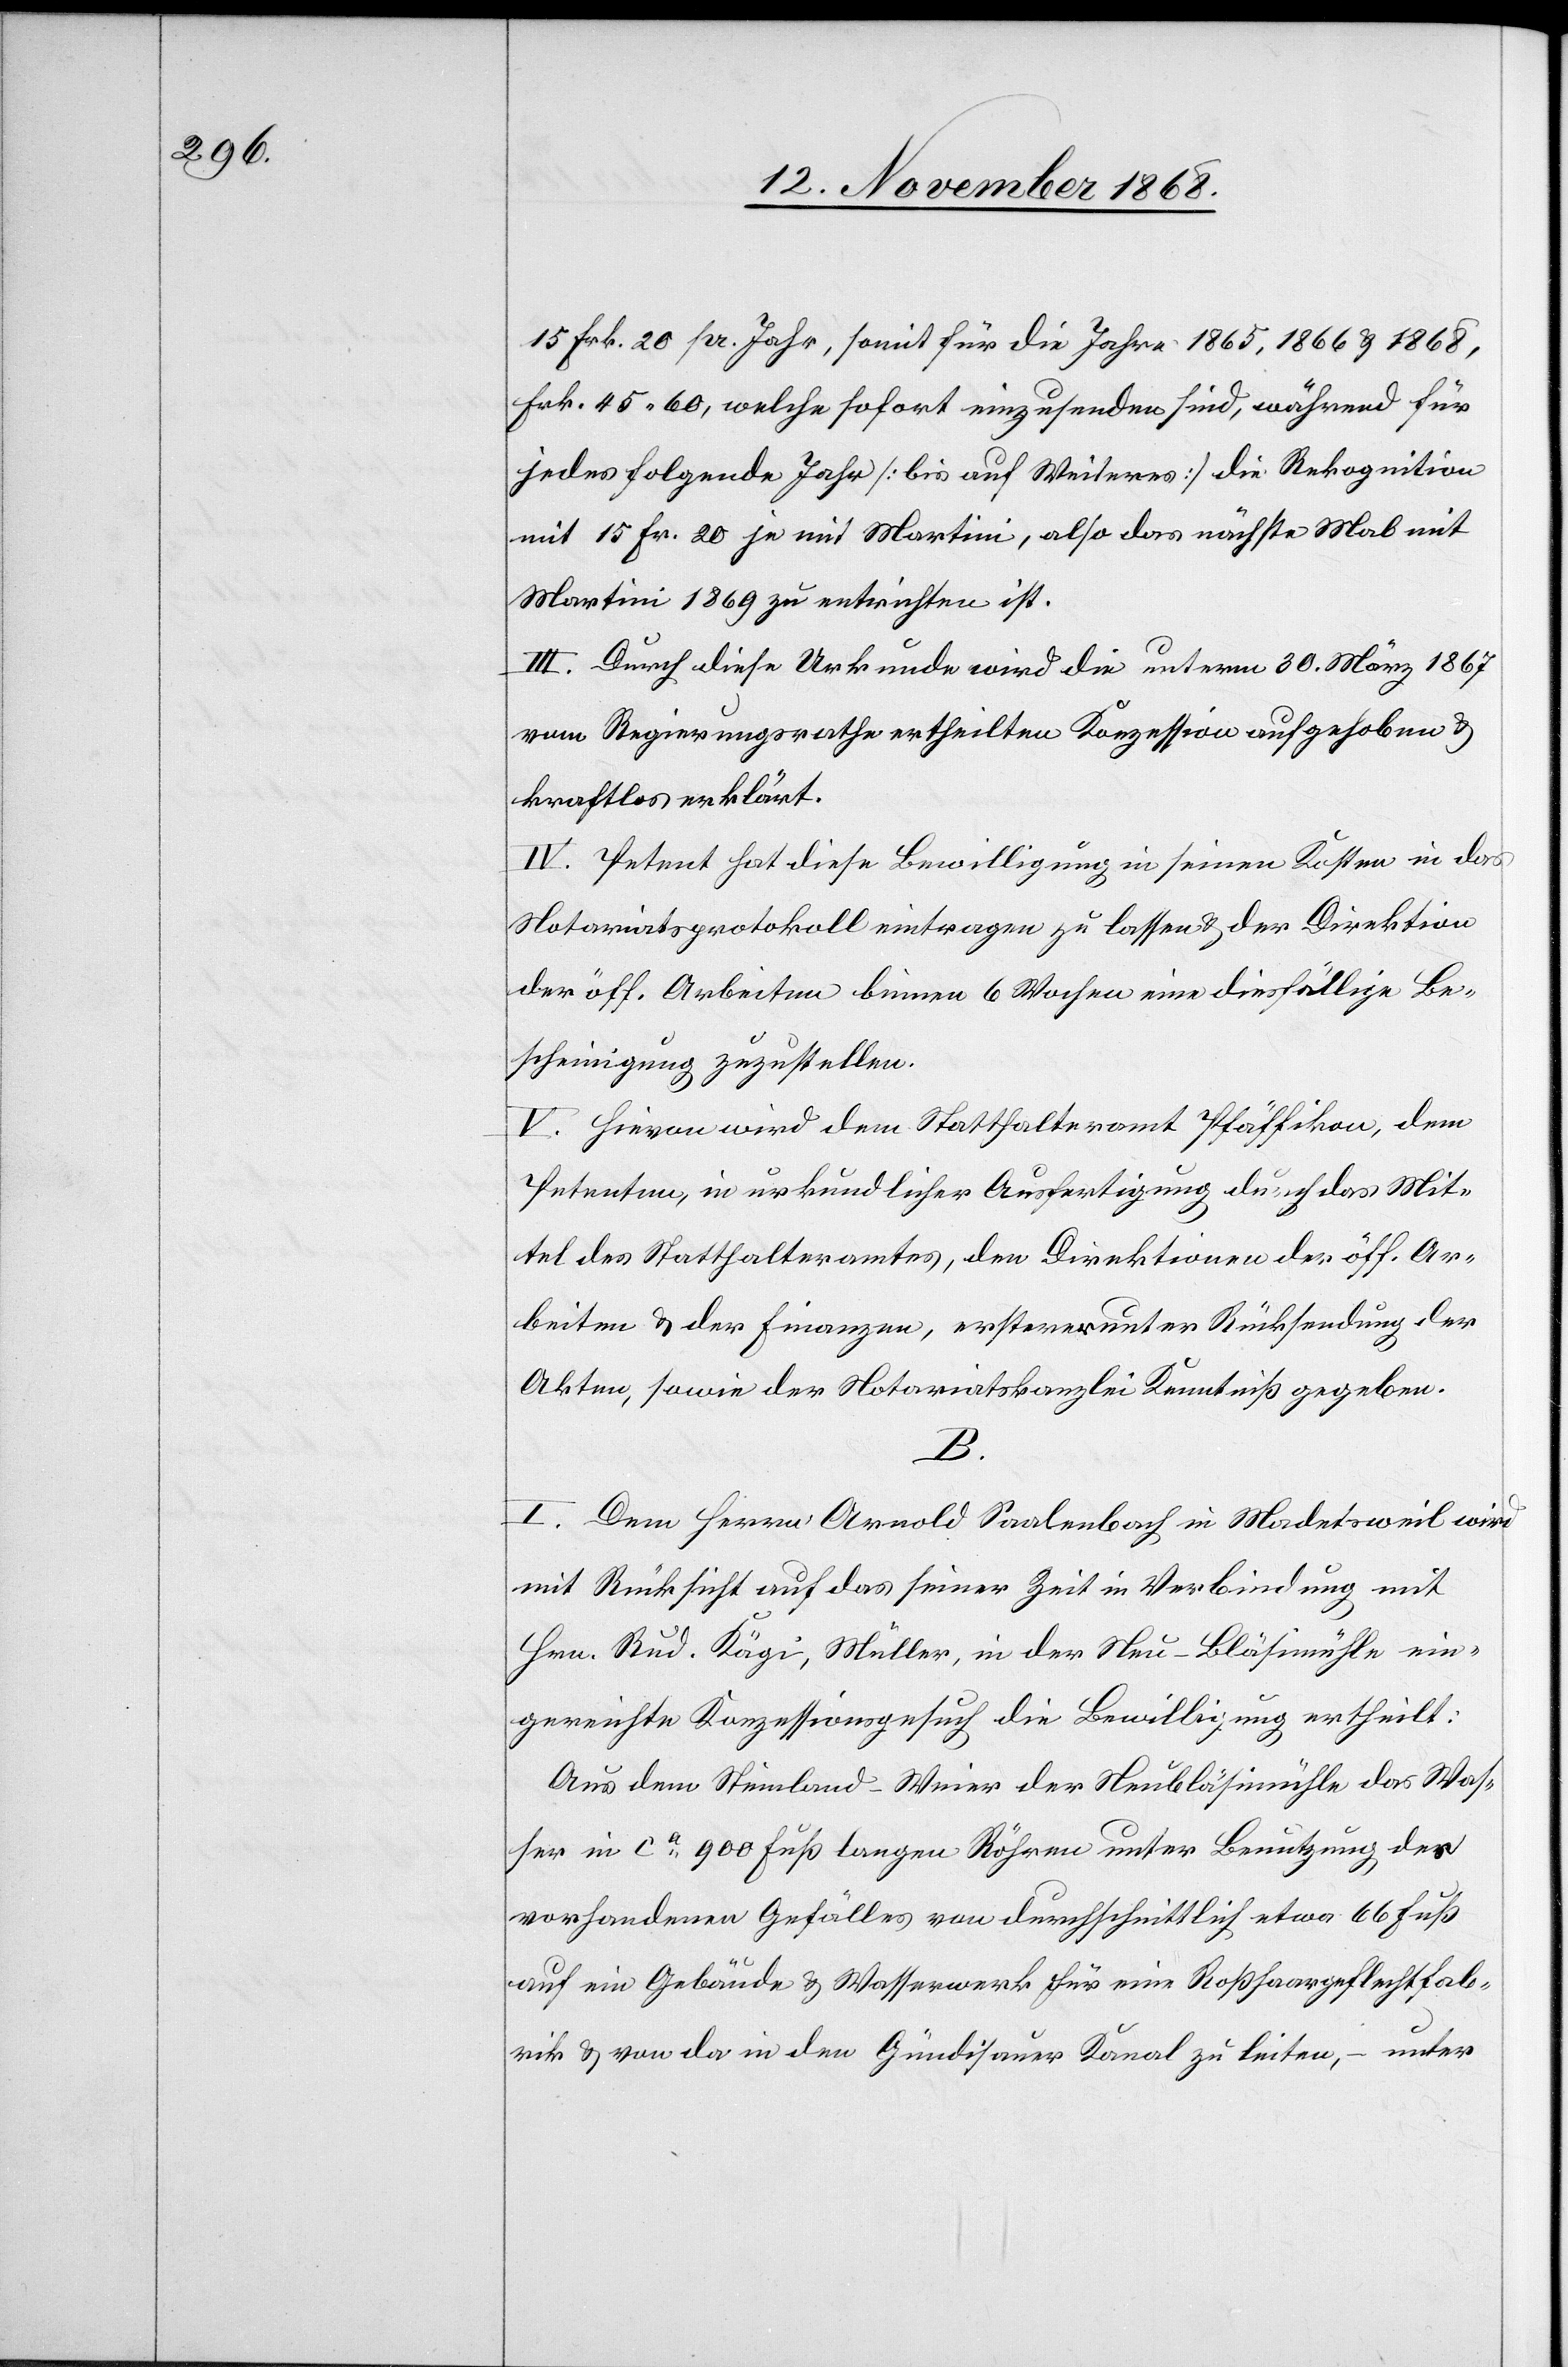
15 Frk. 20 pr. Jahr, somit für die Jahre 1865, 1866 & 1868,
Frk. 45.60, welche sofort einzusenden sind, während für
jedes folgende Jahr [bis auf Weiteres] die Rekognition
mit 15 Fr. 20 je mit Martini, also das nächste Mal mit
Martini 1869 zu entrichten ist.
III. Durch diese Urkunde wird die unterm 30. März 1867
vom Regierungsrathe ertheilten [sic!] Konzession aufgehoben &
kraftlos erklärt.
IV. Petent hat diese Bewilligung in seinen Kosten in das
Notariatsprotokoll eintragen zu lassen & der Direktion
der öff. Arbeiten binnen 6 Wochen eine diesfällige Be¬
scheinigung zuzustellen.
V. Hievon wird dem Statthalteramt Pfäffikon, dem
Petenten, in urkundlicher Ausfertigung durch das Mit¬
tel des Statthalteramtes, den Direktionen der öff. Ar¬
beiten & der Finanzen, ersterer unter Rücksendung der
Akten, sowie der Notariatskanzlei Kenntniß gegeben.
B.
I. Dem Herrn Arnold Saalenbach in Madetsweil wird
mit Rücksicht auf das seiner Zeit in Verbindung mit
Hrn. Rud. Kägi, Müller, in der Neu-Bläsimühle ein¬
gereichte Konzessionsgesuch die Bewilligung ertheilt:
Aus dem Steinland-Weier der Neubläsimühle das Was¬
ser in ca 900 Fuß langen Röhren unter Benutzung des
vorhandenen Gefälles von durchschnittlich etwa 66 Fuß
auf ein Gebäude & Wasserwerk für eine Roßhaargeflechtfab¬
rik & von da in den Gündisauer Kanal zu leiten, – unter